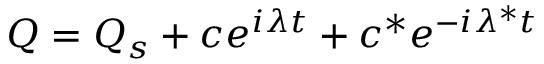
Q = Q _ { s } + c e ^ { i \lambda t } + c ^ { * } e ^ { - i \lambda ^ { * } t }